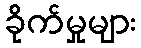
ခိုက်မှုများ